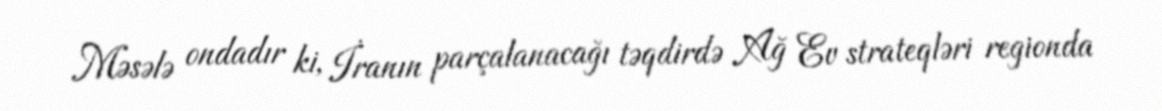
Məsələ ondadır ki, İranın parçalanacağı təqdirdə Ağ Ev strateqləri regionda